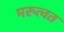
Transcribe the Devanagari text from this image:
मरुत्वत